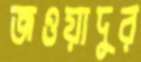
জওয়াদুর